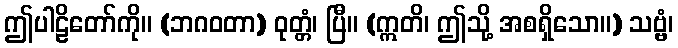
ဤပါဠိတော်ကို။ (ဘဂဝတာ) ဝုတ္တံ၊ ပြီ။ (ဣတိ၊ ဤသို့ အစရှိသော။) သဗ္ဗံ၊